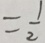
= \frac { 1 } { 2 }